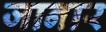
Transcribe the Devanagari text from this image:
जानार